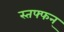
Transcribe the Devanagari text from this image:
स्तफ्फन्